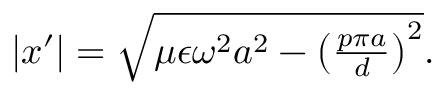
\begin{array} { r } { \left| x ^ { \prime } \right| = \sqrt { \mu \epsilon \omega ^ { 2 } a ^ { 2 } - \left( \frac { p \pi a } { d } \right) ^ { 2 } } . } \end{array}